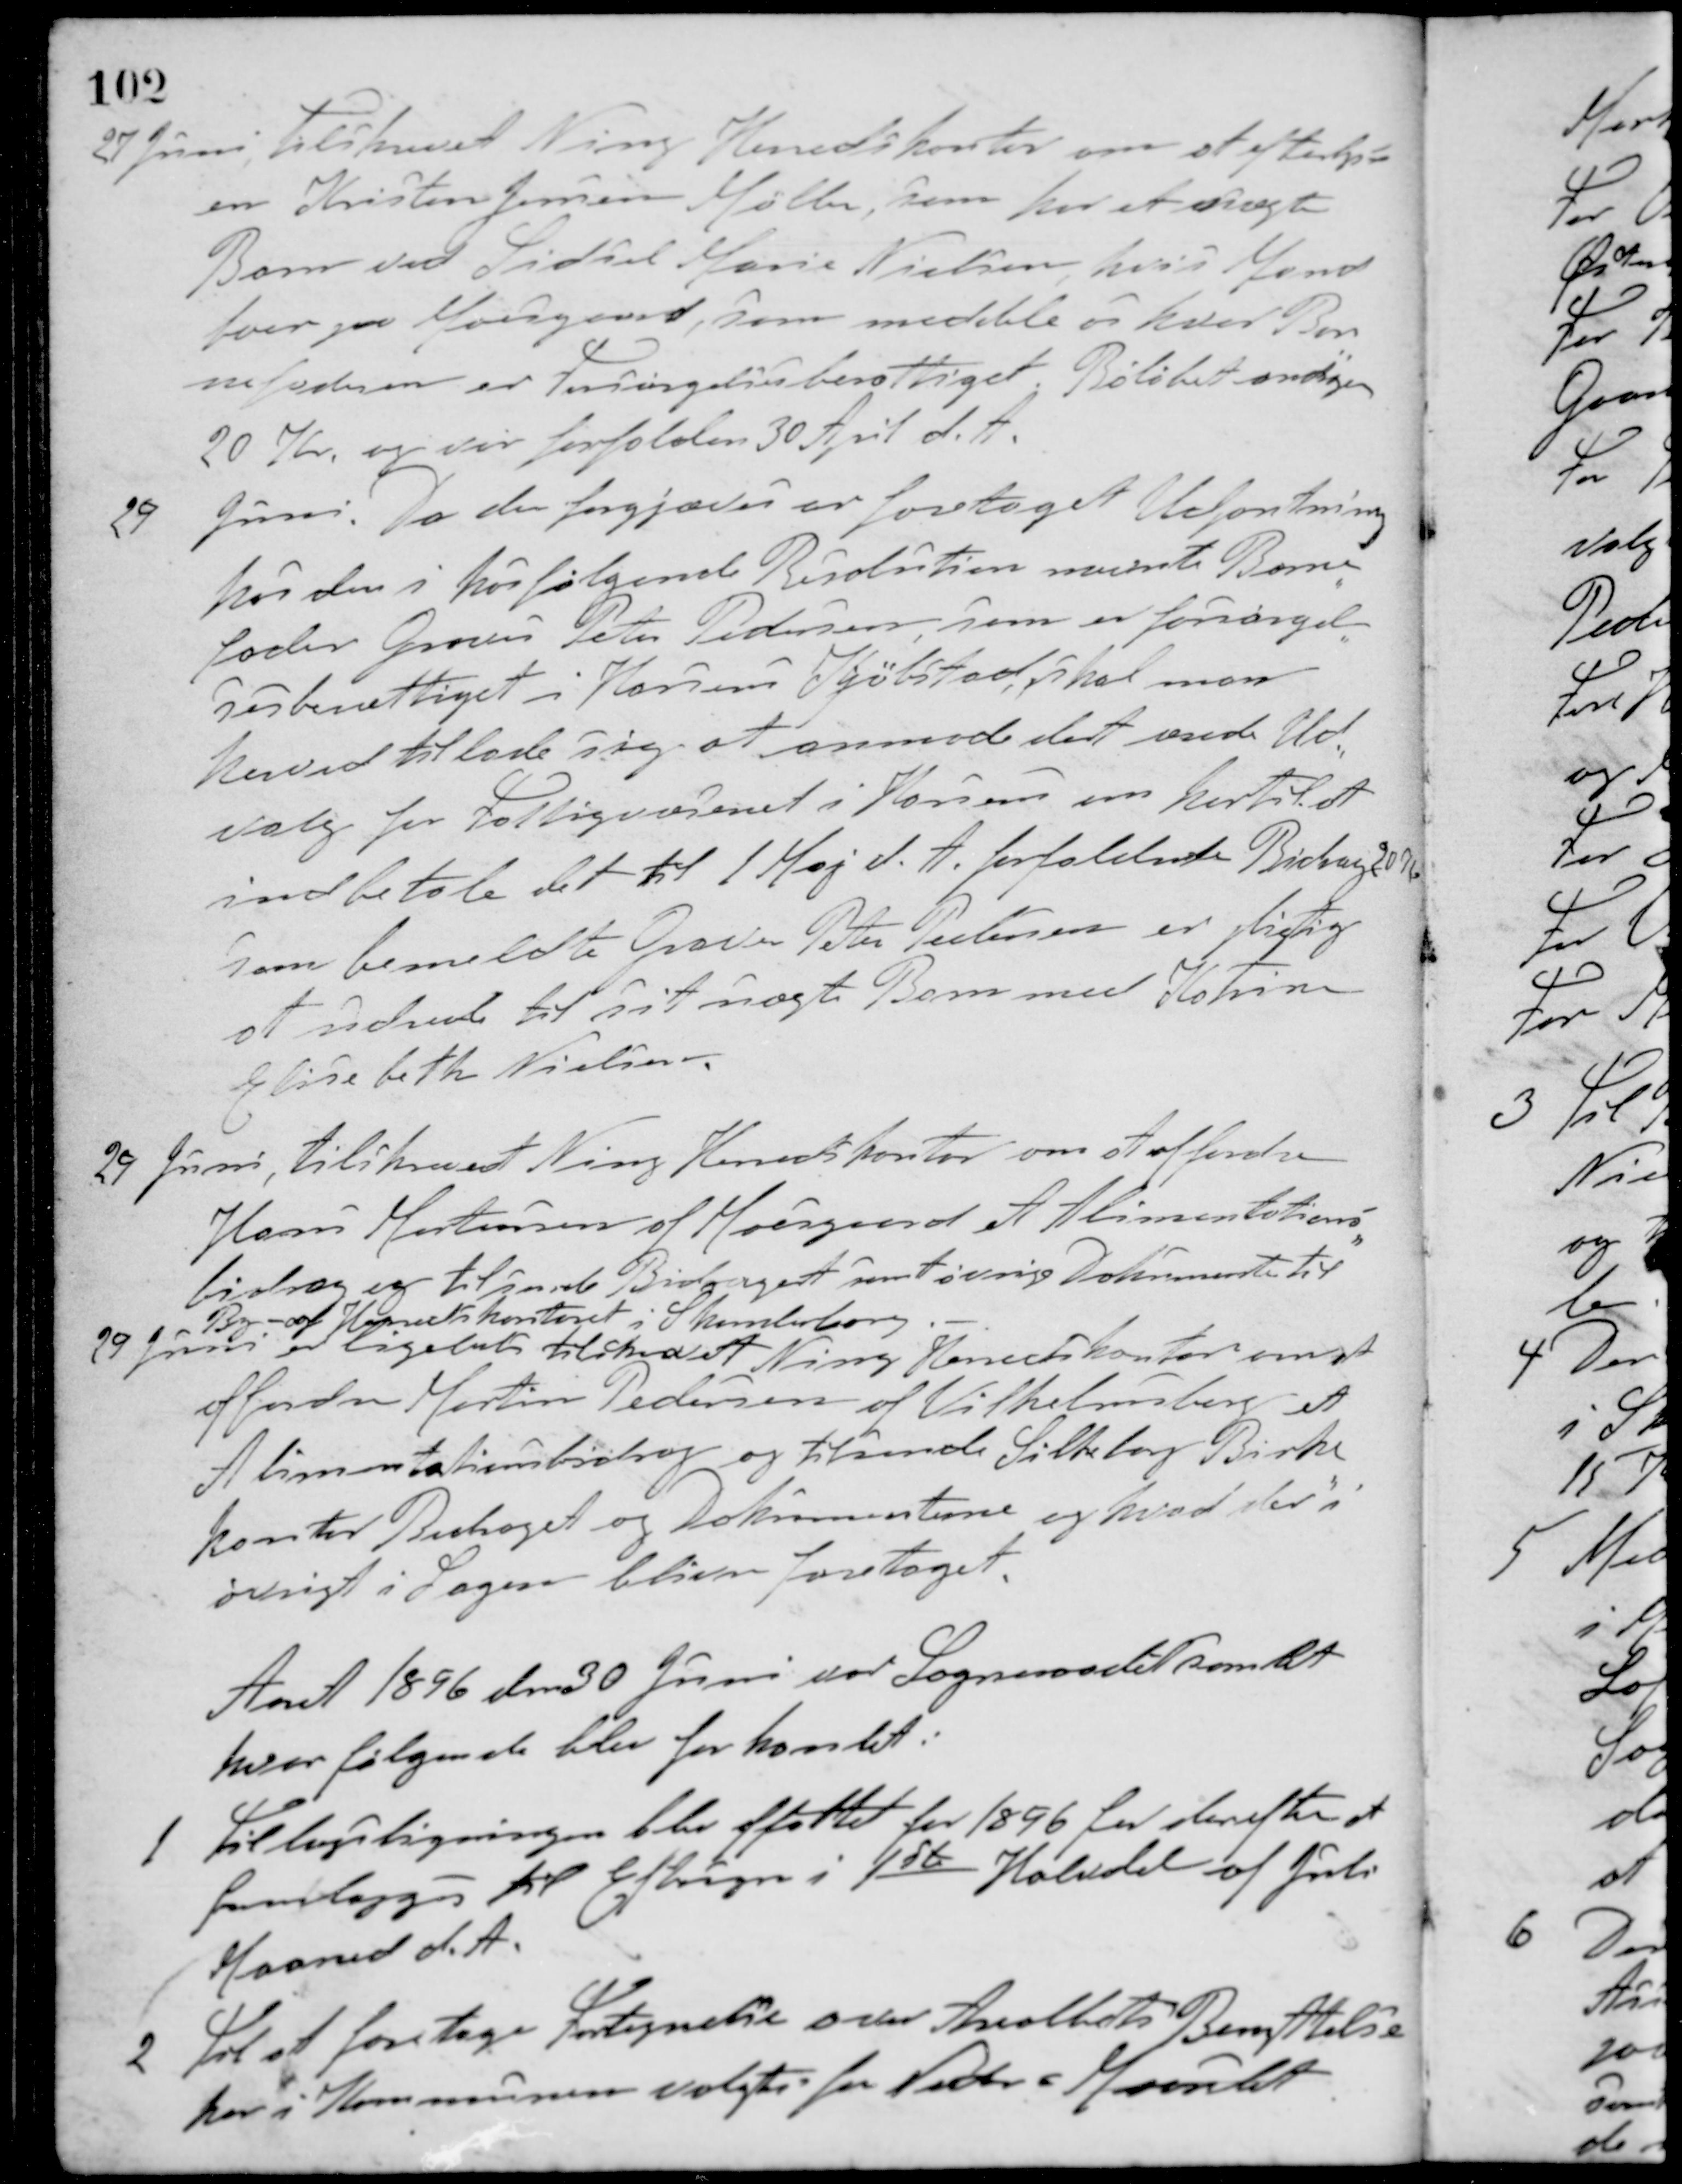
Transskription:
27 Juni tilskrevet Ning Heredskontor om at efterlyse
en Kristen Jensen Møller, som har et uægte
Barn ved Sidsel Marie Nielsen, hvis Mand
boer paa Moesgaard, som meddelte os hvor Bar-
nefaderen er Forsørgelsesberettiget. Beløbet andrager
20 Kr. og var forfalden 30 April d. A.
29 Juni. Da der forgjæves er foretaget Udpantning
hos den i hosfølgende Resolution nævnte Barne-
fader Graver Peter Pedersen som er forsørgel-
sesberettiget i Horsens Kjøbstad, skal man
herved tillade sig at anmode det ærede Ud-
valg for Fattigvæsenet i Horsens om hertil at
indbetale det til 1 Maj d. A. forfaldne Bidrag 20 K
som bemeldte Graver Peter Pedersen er pligtig
at udrede til sit uægte Barn med Katrine
Elisebeth Nielsen.
29 Juni, tilskrevet Ning Herredskontor om at affordre
Hans Mortensen af Moesgaard et Alimentations-
bidrag og tilsende Bidraget samt øvrige Dokumenter til
By - og Herredskontoret i Skanderborg
29 Juni er ligeledes tilskrevet Ning Herredskontor om at
affordre Martin Pedersen af Vilhelmsborg et
Alimentationsbidrag og tilsende Silkeborg Birke-
kontor Bidraget og Dokumenterne og hvad der i
øvrigt i Sagen bliver foretaget.
Aaret 1896 den 30 Juni var Sogneraadet samlet
hvor følgende blev forhandlet.
1 Tillægsligningen blev affattet for 1896 for derefter at
fremlægges til Eftersyn i 1ste Halvdel af Juli
Maaned d. A.
2 Til at foretage Fortegnelse over Arealbets Benyttelse
her i Kommunen valgtes for Neder - Maarslet